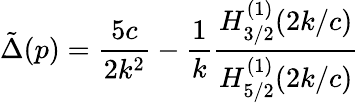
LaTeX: \tilde{\Delta}(p)=\frac{5c}{2k^{2}}-\frac{1}{k}\frac{H_{3/2}^{(1)}(2k/c)}{H_{5/2}^{(1)}(2k/c)}